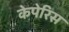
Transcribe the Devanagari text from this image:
केपेरिस